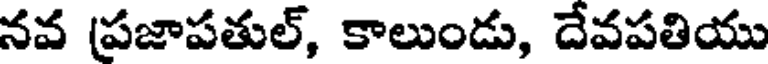
నవ (ప్రజాపతుల్, కాలుండు, దేవపతియు